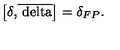
\left[ \delta \mathrm { { , } \overline { { \ d e l t a } } } \right] = \delta _ { F P } .